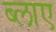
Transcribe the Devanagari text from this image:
ब्लाए